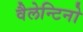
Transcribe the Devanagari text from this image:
वैलेन्टिनो